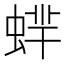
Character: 蝆